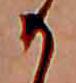
か